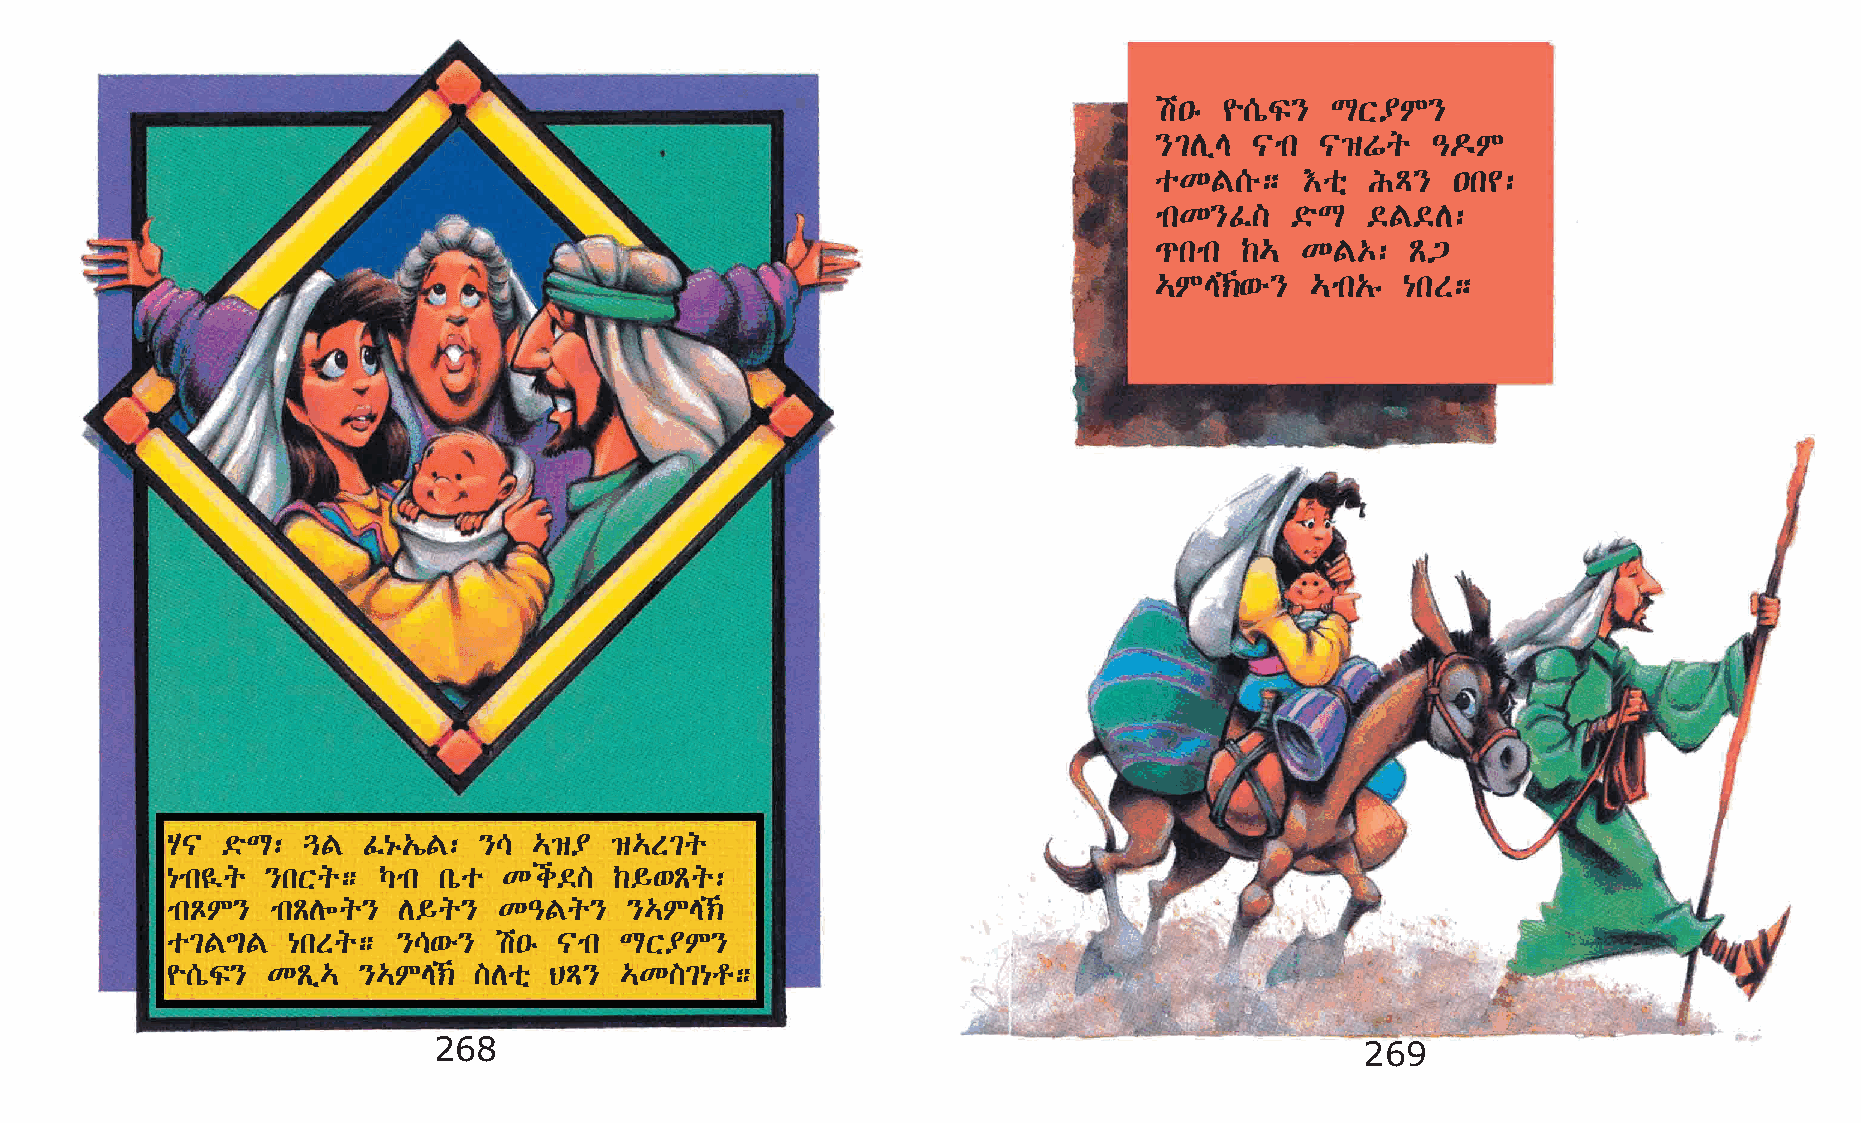
a•ê  ¨[òÏ}  LX¥M}
 }²DïE  |mk |›Wq    –¬M
 oKF[é;    †oñ  IÄ}  •k¢:
 mkK}Ê]   ©öL  ©F©D:
 ¹kmk  ‰…  KF‡:   Ã³
 …ME‹‘é}   …mk„ê {kS;
 A|  ©öL: ¶F  Ê{ê„íF: }\ …›¥  ›…S²q
 {mk¤q  }kXq;  Šmk kòo Ki©]    ‰§‘Ãq:
 mkÅM}  mkÃD÷q} D§q}   K–Fq}    }…ME‹
 o²F´F   {kSq;  }\‘é}  a•ê |mk LX¥M}
 ¨[òÏ}  KÃï…  }…ME‹ ]Doñ BÄ}  …K]²{r;
 268                                                          269